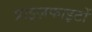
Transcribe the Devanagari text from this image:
प्राइज़फाइटों